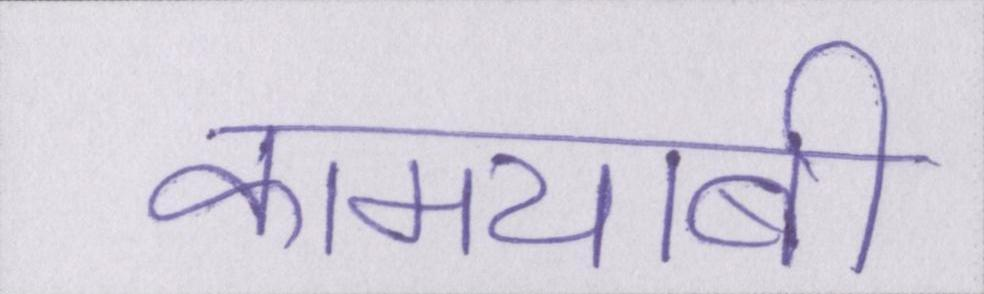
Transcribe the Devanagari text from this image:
कामयाबी